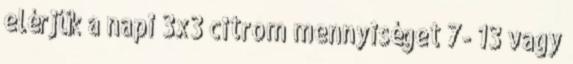
elérjük a napi 3x3 citrom mennyiséget 7- 13 vagy